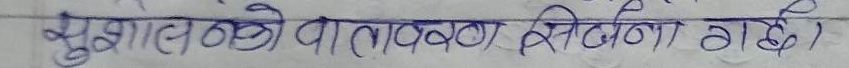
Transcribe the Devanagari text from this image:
सुझावहरु वा तलवणा सुविधा गदै।